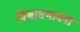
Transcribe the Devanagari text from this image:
विश्वासभावना